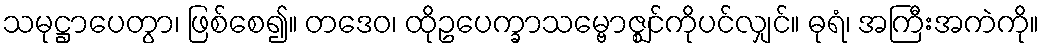
သမုဋ္ဌာပေတွာ၊ ဖြစ်စေ၍။ တဒေဝ၊ ထိုဥပေက္ခာသမ္ဗောဇ္ဈင်ကိုပင်လျှင်။ ဓုရံ၊ အကြီးအကဲကို။